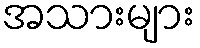
အသားများ